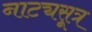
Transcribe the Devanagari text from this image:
नाट्यसूत्र